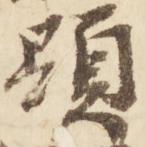
顕